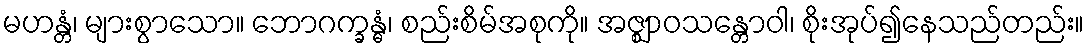
မဟန္တံ၊ များစွာသော။ ဘောဂက္ခန္ဓံ၊ စည်းစိမ်အစုကို။ အဇ္ဈာဝသန္တောဝါ၊ စိုးအုပ်၍နေသည်တည်း။